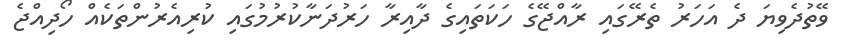
ވޭތުދެވިޔަ ދެ އަަހަރު ތެރޭގައި ރާއްޖޭގެ ހަކަތައިގެ ދާއިރާ ހަރުދަނާކުރުމުގައި ކުރިއެރުންތަކެއް ހޯދިއްޖެ